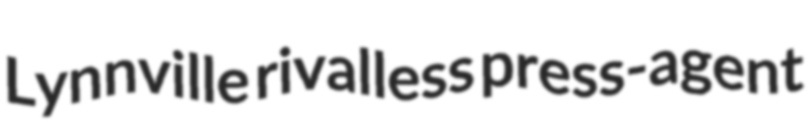
Lynnville rivalless press-agent